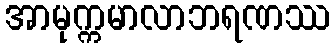
အာမုက္ကမာလာဘရဏဿ